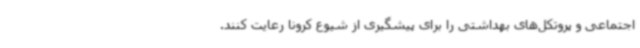
اجتماعی و پروتکل‌های بهداشتی را برای پیشگیری از شیوع کرونا رعایت کنند.